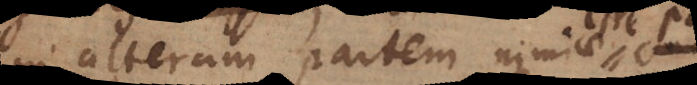
alteram partem nimiae